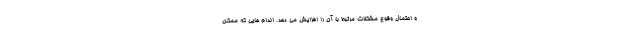
و احتمال وقوع مشکلات مرتبط با آن را افزایش می دهد. اندام هایی که ممکن